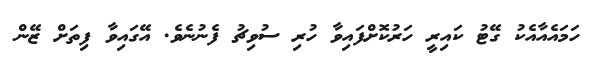
ހަމައެއާއެކު ގޭޓު ކައިރީ ހަރުކޮށްފައިވާ ހުރި ސުވިޗު ފެނުނެވެ. އޭގައިވާ ފިތަށް ޒޭން